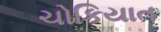
ચોકિયાત